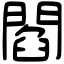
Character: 閻